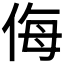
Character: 侮